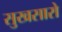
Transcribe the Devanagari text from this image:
सुखसारो